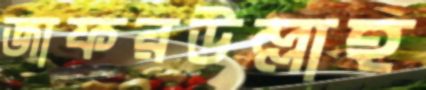
জাফরউল্লাহ